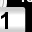
Digit: 1